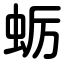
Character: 蛎